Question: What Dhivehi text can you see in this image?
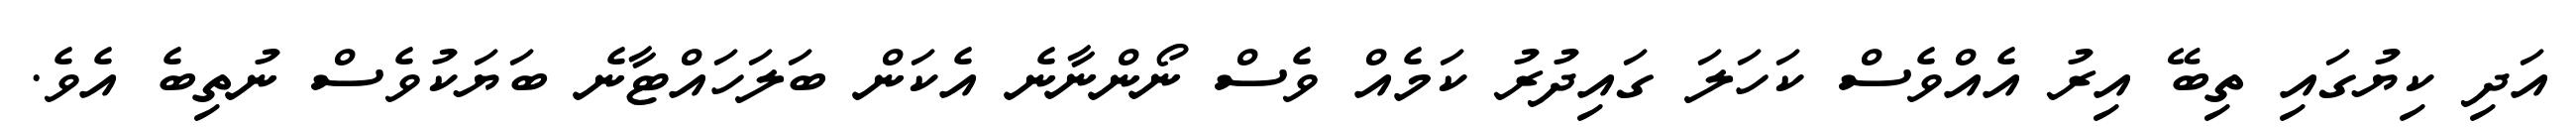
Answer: އަދި ކިޔުގައި ތިބޭ އިރު އެއްވެސް ކަހަލަ ގައިދުރު ކަމެއް ވެސް ނޯންނާނެ އެކަން ބަލަހައްޓާނެ ބަޔަކުވެސް ނުތިބެ އެވެ.